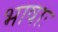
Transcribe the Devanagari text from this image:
भाषाः